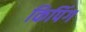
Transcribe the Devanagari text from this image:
किपिंग